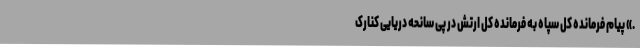
.» پیام فرمانده کل سپاه به فرمانده کل ارتش در پی سانحه دریایی کنارک